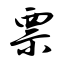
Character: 票